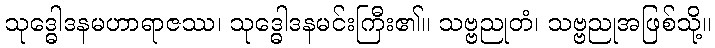
သုဒ္ဓေါဒနမဟာရာဇဿ၊ သုဒ္ဓေါဒနမင်းကြီး၏။ သဗ္ဗညုတံ၊ သဗ္ဗညုအဖြစ်သို့။